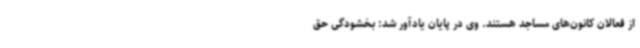
از فعالان کانون‌های مساجد هستند. وی در پایان یادآور شد: بخشودگی حق